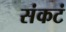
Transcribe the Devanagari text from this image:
संकटं